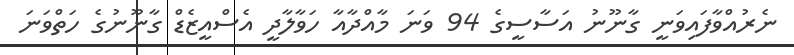
ނެރުއްވާފައިވަނީ ގާނޫނު އަސާސީގެ 94 ވަނަ މާއްދާއާ ހަވާލާދީ އެސްއީޒެޑް ގާނޫނުގެ ހަތްވަނަ